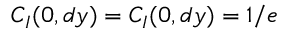
C _ { I } ( 0 , d y ) = C _ { I } ( 0 , d y ) = 1 / e